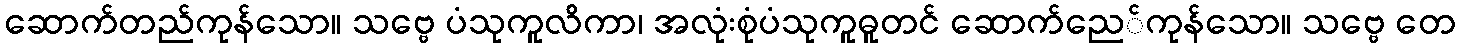
ဆောက်တည်ကုန်သော။ သဗ္ဗေ ပံသုကူလိကာ၊ အလုံးစုံပံသုကူဓူတင် ဆောက်ညေ်ကုန်သော။ သဗ္ဗေ တေ